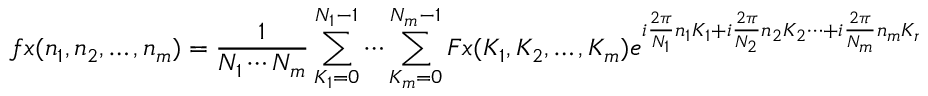
f x ( n _ { 1 } , n _ { 2 } , \ldots , n _ { m } ) = { \frac { 1 } { N _ { 1 } \cdots N _ { m } } } \sum _ { K _ { 1 } = 0 } ^ { N _ { 1 } - 1 } \cdots \sum _ { K _ { m } = 0 } ^ { N _ { m } - 1 } F x ( K _ { 1 } , K _ { 2 } , \ldots , K _ { m } ) e ^ { i { \frac { 2 \pi } { N _ { 1 } } } n _ { 1 } K _ { 1 } + i { \frac { 2 \pi } { N _ { 2 } } } n _ { 2 } K _ { 2 } \cdots + i { \frac { 2 \pi } { N _ { m } } } n _ { m } K _ { m } }